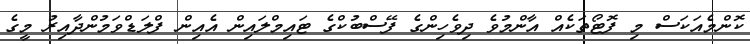
ކޮންމެއަކަސް މި ފޮޓޯތަކެއް އާންމުވެ ދިވެހިންގެ ފޭސްބުކްގެ ޓައިމްލައިން އެއިން ފްލަޑްވަމުންދާއިރު މީގެ